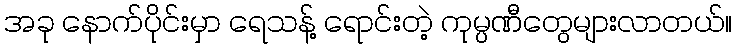
အခု နောက်ပိုင်းမှာ ရေသန့် ရောင်းတဲ့ ကုမ္ပဏီတွေများလာတယ်။